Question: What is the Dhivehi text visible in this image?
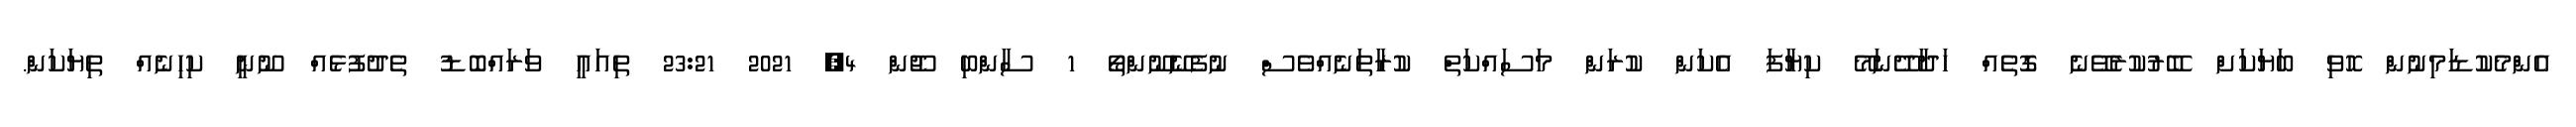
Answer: އެންމެކުޑަމިނުން ހޮވި ބަޔަކަށް ބޭރުކުރެވޭނެ ގޮތެއް ހަދާދޭނަމޭ ކިޔާފަ އެކަން ކުރަން މަސައްކަތް ކުރާތަނެއްވެސް ނުފެނޭނޫންތޯ 1 ސާންބި ޖޫން 4, 2021 23:21 ތިއައީ ވަރައްބޮޑު ތެދުފުޅެއް ނޫނީ ކިހިނެއް ތިޔަކަން.